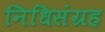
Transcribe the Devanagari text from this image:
निधिसंग्रह